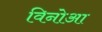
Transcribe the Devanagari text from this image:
विनोआ